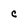
Character: C